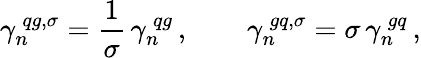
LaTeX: \gamma_{n}^{\, qg,\sigma}=\frac{1}{\sigma}\, \gamma_{n}^{\, qg}\, ,\qquad\gamma_{n}^{\, gq,\sigma}=\sigma\, \gamma_{n}^{\, gq}\, ,